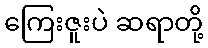
ကြေးဇူးပဲ ဆရာတို့